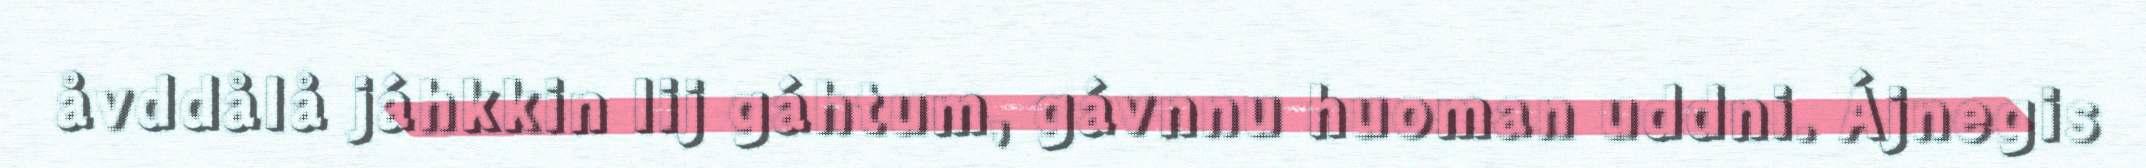
åvddålå jáhkkin lij gáhtum, gávnnu huoman uddni. Ájnegis